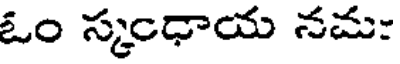
ఓం స్కంధాయ నమ: